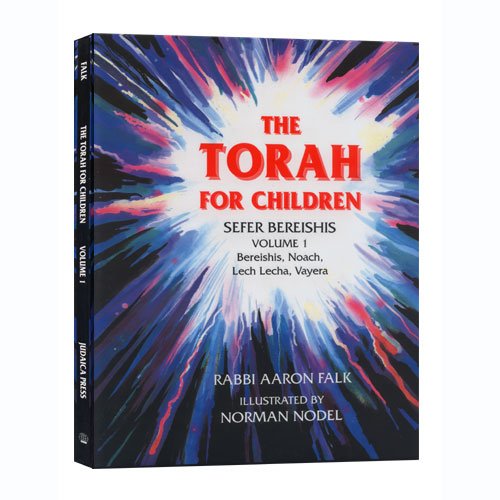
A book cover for The Torah for Children: Sefer Bereishis; Aaron Falk; Children's Books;